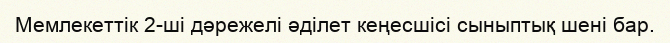
Мемлекеттік 2-ші дәрежелі әділет кеңесшісі сыныптық шені бар.